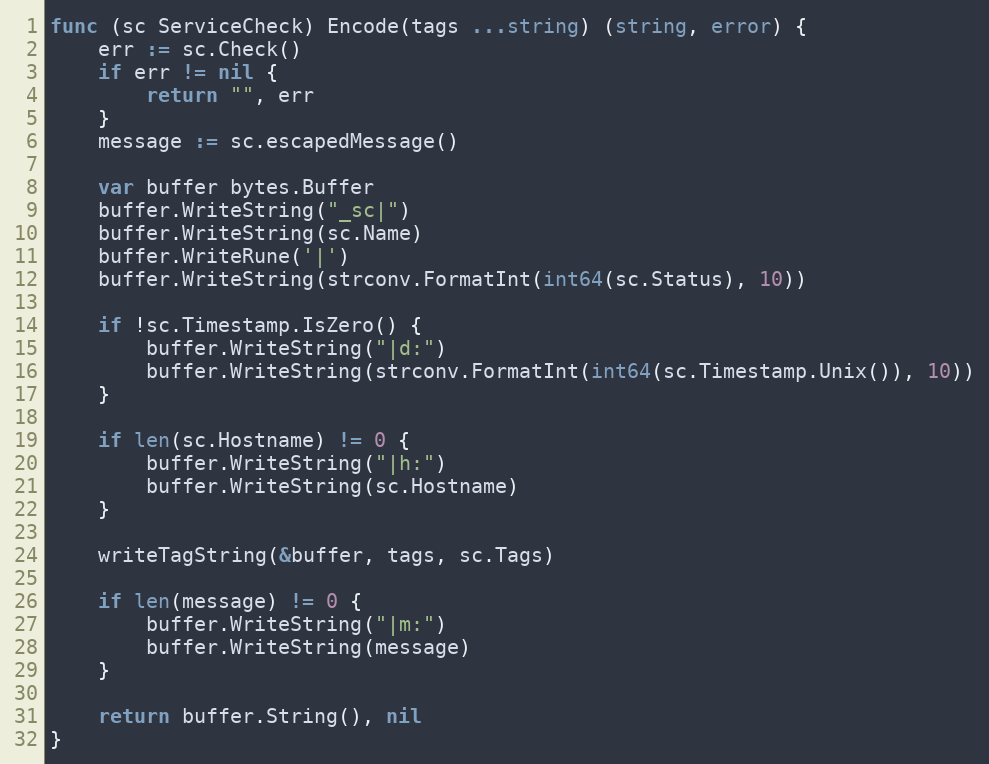
Language: Go
func (sc ServiceCheck) Encode(tags ...string) (string, error) {
	err := sc.Check()
	if err != nil {
		return "", err
	}
	message := sc.escapedMessage()

	var buffer bytes.Buffer
	buffer.WriteString("_sc|")
	buffer.WriteString(sc.Name)
	buffer.WriteRune('|')
	buffer.WriteString(strconv.FormatInt(int64(sc.Status), 10))

	if !sc.Timestamp.IsZero() {
		buffer.WriteString("|d:")
		buffer.WriteString(strconv.FormatInt(int64(sc.Timestamp.Unix()), 10))
	}

	if len(sc.Hostname) != 0 {
		buffer.WriteString("|h:")
		buffer.WriteString(sc.Hostname)
	}

	writeTagString(&buffer, tags, sc.Tags)

	if len(message) != 0 {
		buffer.WriteString("|m:")
		buffer.WriteString(message)
	}

	return buffer.String(), nil
}